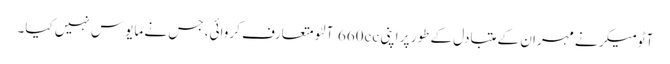
آٹومیکر نے مہران کے متبادل کے طور پر اپنی 660cc آلٹو متعارف کروائی، جس نے مایوس نہیں کیا۔